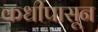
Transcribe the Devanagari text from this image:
कधीपासून